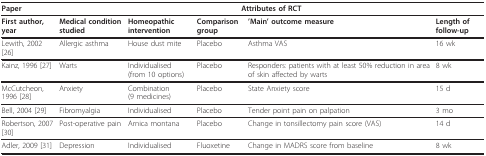
<table><thead><tr><td><b>Paper</b></td><td colspan="5"><b>Attributes of RCT</b></td></tr></thead><tbody><tr><td><b>First author, year</b></td><td><b>Medical condition studied</b></td><td><b>Homeopathic intervention</b></td><td><b>Comparison group</b></td><td><b>&#x27;Main&#x27; outcome measure</b></td><td><b>Length of follow-up</b></td></tr><tr><td>Lewith, 2002 [26]</td><td>Allergic asthma</td><td>House dust mite</td><td>Placebo</td><td>Asthma VAS</td><td>16 wk</td></tr><tr><td>Kainz, 1996 [27]</td><td>Warts</td><td>Individualised(from 10 options)</td><td>Placebo</td><td>Responders: patients with at least 50% reduction in area of skin affected by warts</td><td>8 wk</td></tr><tr><td>McCutcheon, 1996 [28]</td><td>Anxiety</td><td>Combination(9 medicines)</td><td>Placebo</td><td>State Anxiety score</td><td>15 d</td></tr><tr><td>Bell, 2004 [29]</td><td>Fibromyalgia</td><td>Individualised</td><td>Placebo</td><td>Tender point pain on palpation</td><td>3 mo</td></tr><tr><td>Robertson, 2007 [30]</td><td>Post-operative pain</td><td>Arnica montana</td><td>Placebo</td><td>Change in tonsillectomy pain score (VAS)</td><td>14 d</td></tr><tr><td>Adler, 2009 [31]</td><td>Depression</td><td>Individualised</td><td>Fluoxetine</td><td>Change in MADRS score from baseline</td><td>8 wk</td></tr></tbody></table>